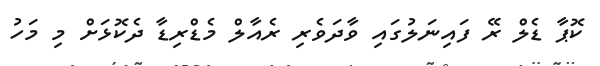
ކޮޕާ ޑެލް ރޭ ފައިނަލުގައި ވާދަވެރި ރެއާލް މެޑްރިޑާ ދެކޮޅަށް މި މަހު